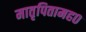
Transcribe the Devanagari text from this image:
मातृपितामह०